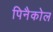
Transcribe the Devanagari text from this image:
पिनैकोल